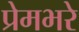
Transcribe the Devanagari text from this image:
प्रेमभरे